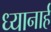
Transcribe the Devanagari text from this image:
ध्यानार्ह